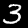
Label: 3